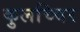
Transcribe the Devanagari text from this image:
कुलच्चिर